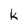
Character: k